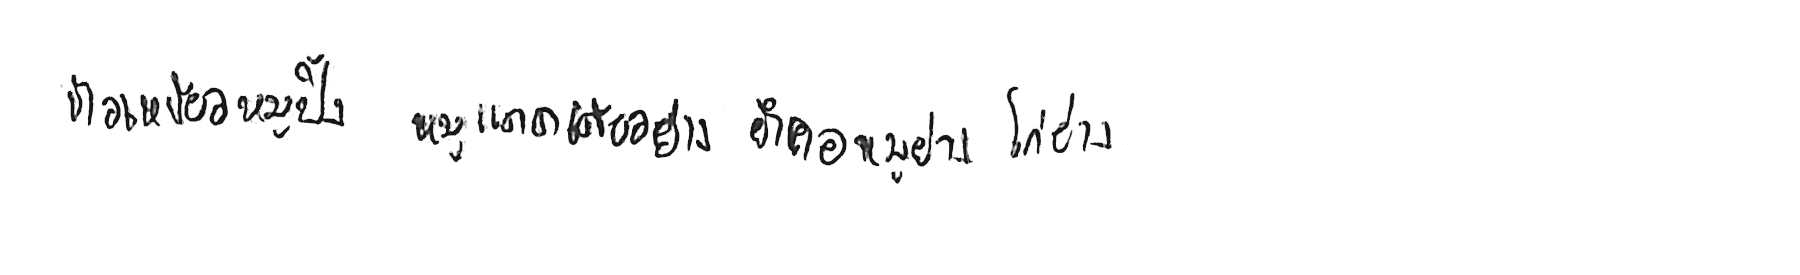
ข้าวเหนียวหมูปิ้ง หมูแดดเดียวย่าง ยำคอหมูย่าง ไก่ย่าง